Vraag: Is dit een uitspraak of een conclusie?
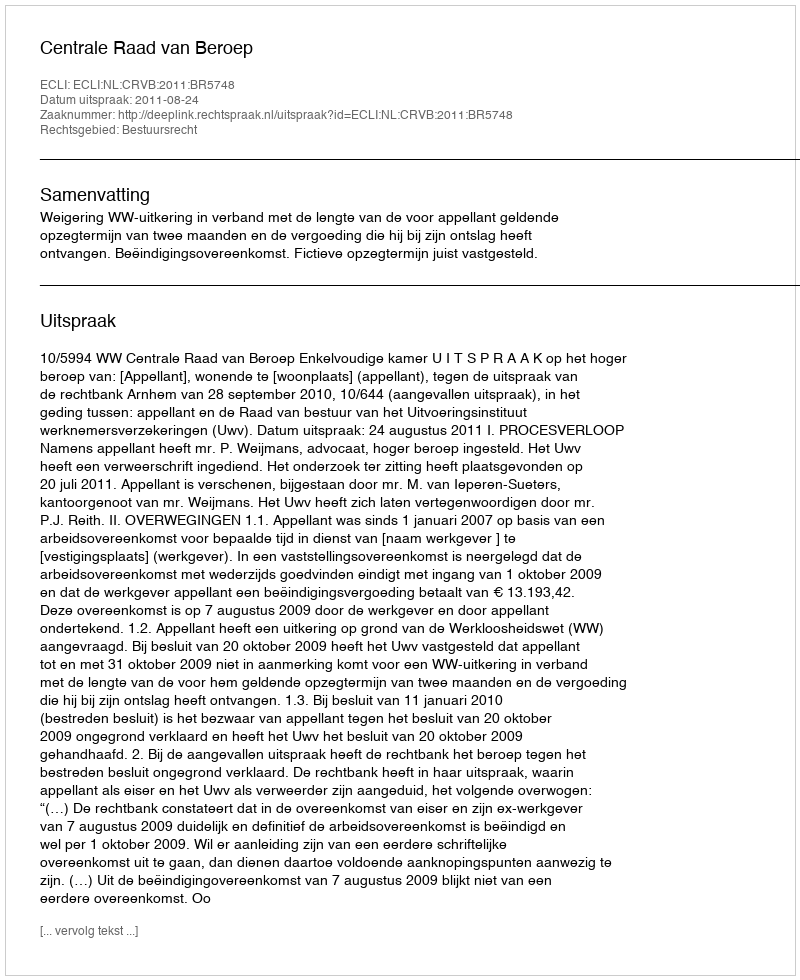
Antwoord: Uitspraak